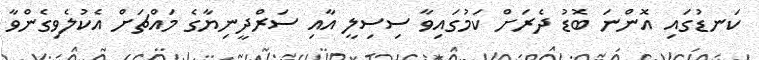
ކަނޑުގައި އޮންނަ ބޮޑު ދެރަށް ކަމުގައިވާ ސިސިލީ އާއި ސަރްދީނިޔާގެ މައްޗަށް އެކުލެވިގެންވާ